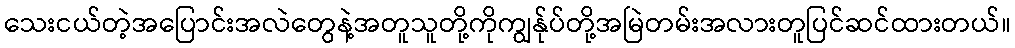
သေးငယ်တဲ့အပြောင်းအလဲတွေနဲ့အတူသူတို့ကိုကျွန်ုပ်တို့အမြဲတမ်းအလားတူပြင်ဆင်ထားတယ်။